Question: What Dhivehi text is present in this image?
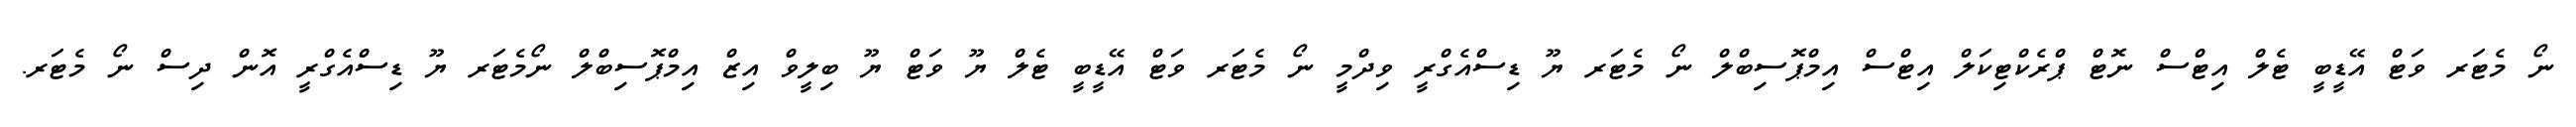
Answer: ނޯ މެޓަރ ވަޓް އޭޑީބީ ޓެލް އިޓްސް ނޮޓް ޕްރެކްޓިކަލް އިޓްސް އިމްޕޮސިބްލް ނޯ މެޓަރ ޔޫ ޑިސްއެގްރީ ވިދްމީ ނޯ މެޓަރ ވަޓް އޭޑީބީ ޓެލް ޔޫ ވަޓް ޔޫ ބިލީވް އިޒް އިމްޕޮސިބްލް ނޯމެޓަރ ޔޫ ޑިސްއެގްރީ އޮން ދިސް ނޯ މެޓަރ.